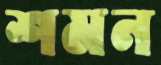
শমন